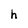
Character: h